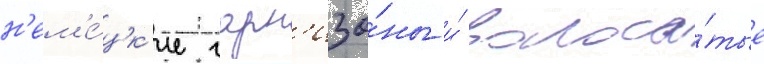
н'ем'е́цк'ие гарн'изо́ны и́ волоса́тые